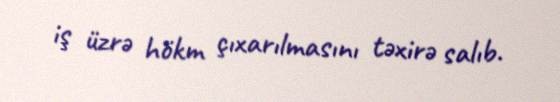
iş üzrə hökm çıxarılmasını təxirə salıb.